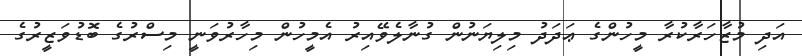
އަދި މުޒާހަރާކުރާ މީހުންގެ ޢަދަދު މިލިޔަނުން ގުނާލެވޭއިރު އެމީހުން މިހާރުވަނީ މިސްރުގެ ބޮޑުވަޒީރުގެ